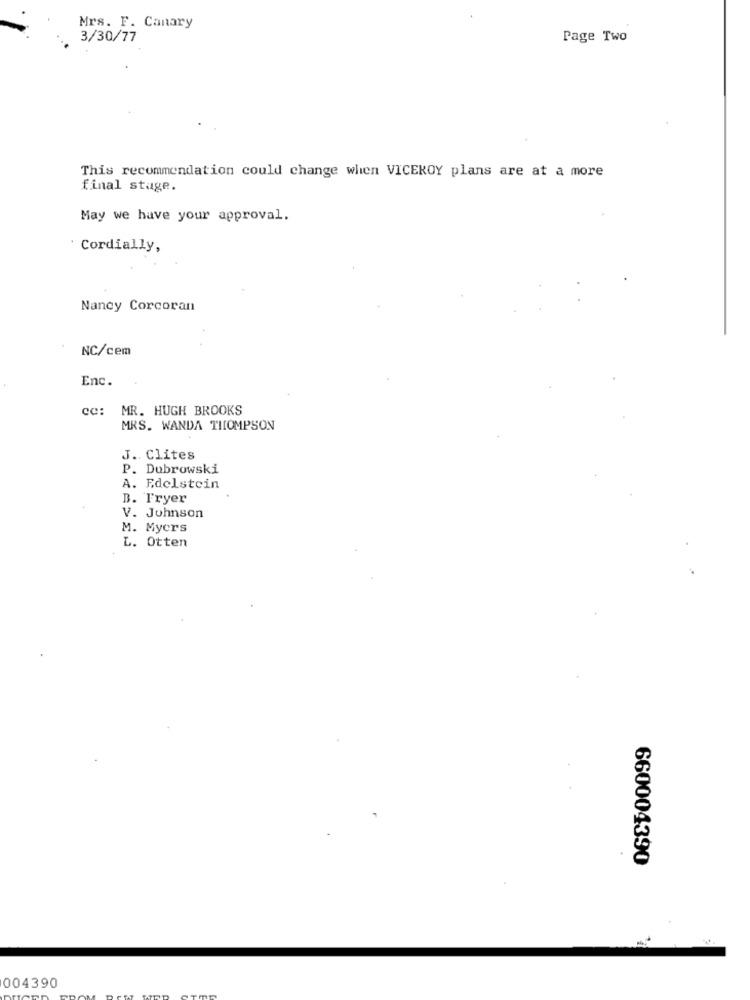
Mrs. F. Canary
3/30/77
Page Two
This recommendation could change when VICEROY plans are at a more
final stage.
May we have your approval.
Cordially,
Nancy Corcoran
NC/cem
Enc.
cc: MR. HUGH BROOKS
MRS. WANDA THOMPSON
J. Clites
P. Dubrowski
A. Edelstein
B. Fryer
V. Johnson
M. Myers
L. Otten
660004390
004390